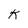
Character: k